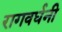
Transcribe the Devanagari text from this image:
रागवर्धनी